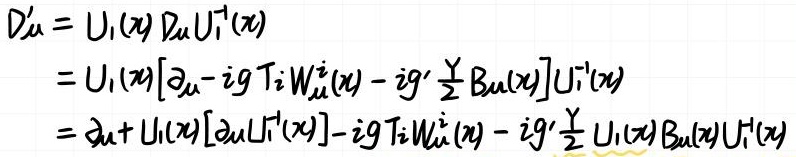
\[
\begin{align*}
D_{\mu}'&=U_{1}(x)D_{\mu}U_{1}^{-1}(x)\\
&=U_{1}(x)\left[\partial_{\mu}-igT_{i}W_{\mu}^{i}(x)-ig'\frac{Y}{2}B_{\mu}(x)\right]U_{1}^{-1}(x)\\
&=\partial_{\mu}+U_{1}(x)\left[\partial_{\mu}U_{1}^{-1}(x)\right]-igT_{i}W_{\mu}^{i}(x)-ig'\frac{Y}{2}U_{1}(x)B_{\mu}(x)U_{1}^{-1}(x)
\end{align*}
\]